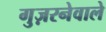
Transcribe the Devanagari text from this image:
गुज़रनेवाले